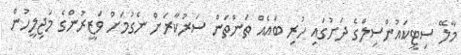
މާލޭ ސިޓީކައުންސިލްގެ ދަށުގައި ހުރި ބައެއް ތަންތަން ސަރުކާރަށް ނެގުމަށް ވަޒީރުންގެ މަޖިލީހުން